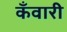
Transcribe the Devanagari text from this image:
कँवारी